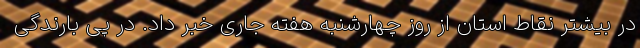
در بیشتر نقاط استان از روز چهارشنبه هفته جاری خبر داد. در پی بارندگی